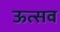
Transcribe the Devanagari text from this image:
ऊत्सव